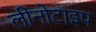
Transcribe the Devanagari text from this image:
लीनोटाइप